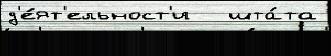
д'е́ят'ельност'и   шта́та